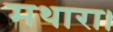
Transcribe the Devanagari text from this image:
मथारा।